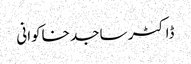
ڈاکٹر ساجد خاکوانی